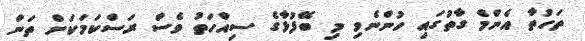
ތަހުތާ އެންމެ ގާތުގައި ހުންނެވި މި ބޭފުޅާގެ ސިއްހަތު ވެސް ރަސްކަމަކަށް ތަން